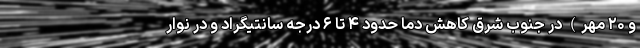
و ۲۰ مهر) در جنوب شرق کاهش دما حدود ۴ تا ۶ درجه سانتیگراد و در نوار